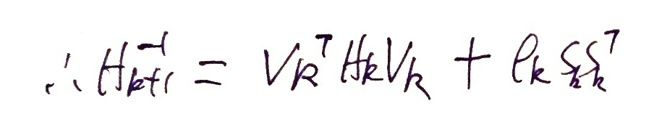
\[
\therefore H_{k+1}^{-1}=V_k^T H_k V_k + \rho_k s_k s_k^T
\]